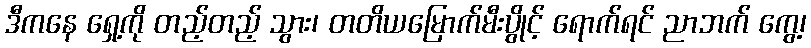
ဒီကနေ ရှေ့ကို တည့်တည့် သွား၊ တတိယမြောက်မီးပွိုင့် ရောက်ရင် ညာဘက် ကွေ့၊